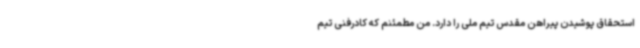
استحقاق پوشیدن پیراهن مقدس تیم ملی را دارد. من مطمئنم که کادرفنی تیم